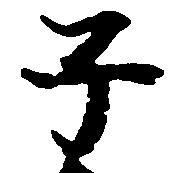
子